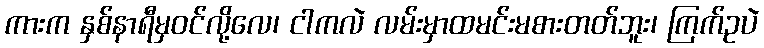
ကားက နှစ်နာရီမှဝင်လို့လေ၊ ငါကလဲ လမ်းမှာထမင်းမစားတတ်ဘူး၊ ကြက်ဥပဲ